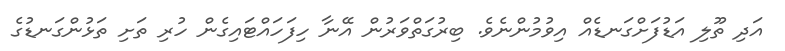
އަދި ތޫލި އަޑުފަށްގަނޑެއް އިވުމުންނެވެ. ބިރުގަތްވަރުން އޭނާ ހިފަހައްޓައިގެން ހުރި ތަށި ތަޅުންގަނޑުގެ